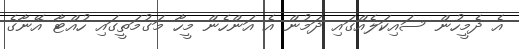
އެ ދެމީހުން ސައިކަލެއްގައި ދަމުން އެ އަންހެން މީހާ މަގުމަތީގައި ހުއްޓާ އޭނާގެ